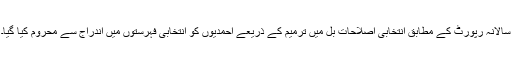
سالانہ رپورٹ کے مطابق انتخابی اصلاحات بل میں ترمیم کے ذریعے احمدیوں کو انتخابی فہرستوں میں اندراج سے محروم کیا گیا۔